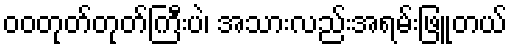
ဝဝတုတ်တုတ်ကြီးပဲ၊ အသားလည်းအရမ်းဖြူတယ်